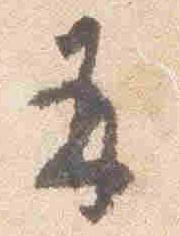
并